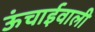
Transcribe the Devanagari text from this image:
ऊंचाईवाली